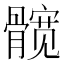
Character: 髋